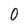
Character: O